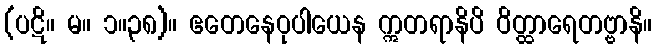
(ပဋိ။ မ။ ၁။၃၈)။ ဧတေနေဝုပါယေန ဣတရာနိပိ ဝိတ္ထာရေတဗ္ဗာနိ။